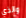
والذي